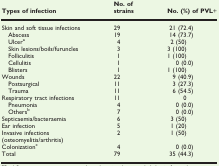
<table><thead><tr><td><b>Types of infection</b></td><td><b>No. of strains</b></td><td><b>No. (%) of PVL+</b></td></tr></thead><tbody><tr><td>Skin and soft tissue infections</td><td>29</td><td>21 (72.4)</td></tr><tr><td>Abscess</td><td>19</td><td>14 (73.7)</td></tr><tr><td>Ulcera</td><td>4</td><td>2 (50)</td></tr><tr><td>Skin lesions/boils/furuncles</td><td>3</td><td>3 (100)</td></tr><tr><td>Folliculitis</td><td>1</td><td>1 (100)</td></tr><tr><td>Cellulitis</td><td>1</td><td>0 (0.0)</td></tr><tr><td>Blisters</td><td>1</td><td>1 (100)</td></tr><tr><td>Wounds</td><td>22</td><td>9 (40.9)</td></tr><tr><td>Postsurgical</td><td>11</td><td>3 (27.3)</td></tr><tr><td>Trauma</td><td>11</td><td>6 (54.5)</td></tr><tr><td>Respiratory tract infections</td><td>11</td><td>0</td></tr><tr><td>Pneumonia</td><td>4</td><td>0 (0.0)</td></tr><tr><td>Othersb</td><td>7</td><td>0 (0.0)</td></tr><tr><td>Septicaemia/bacteraemia</td><td>6</td><td>3 (50)</td></tr><tr><td>Ear infection</td><td>5</td><td>1 (20)</td></tr><tr><td>Invasive infections (osteomyelitis/arthritis)</td><td>2</td><td>1 (50)</td></tr><tr><td>Colonizationc</td><td>4</td><td>0 (0.0)</td></tr><tr><td>Total</td><td>79</td><td>35 (44.3)</td></tr></tbody></table>